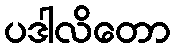
ပဒါလိတော